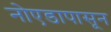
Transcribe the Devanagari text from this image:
नोएडापासून